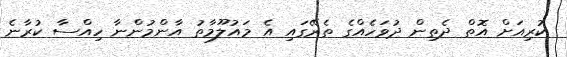
ކުރިއަށް އޮތް ދެތިން ދުވަހެއްގެ ތެރޭގައި އެ މައުލޫމާތު އާންމުންނާ ހިއްސާ ކުރާނެ